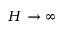
H \rightarrow \infty